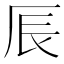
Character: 𠩐